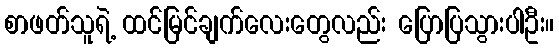
စာဖတ်သူရဲ့ ထင်မြင်ချက်လေးတွေလည်း ပြောပြသွားပါဦး။